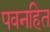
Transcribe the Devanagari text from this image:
पवनहित